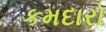
કમદારો